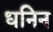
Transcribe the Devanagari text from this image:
धनिन